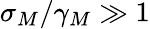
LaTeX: \sigma_{M}/\gamma_{M}\gg 1